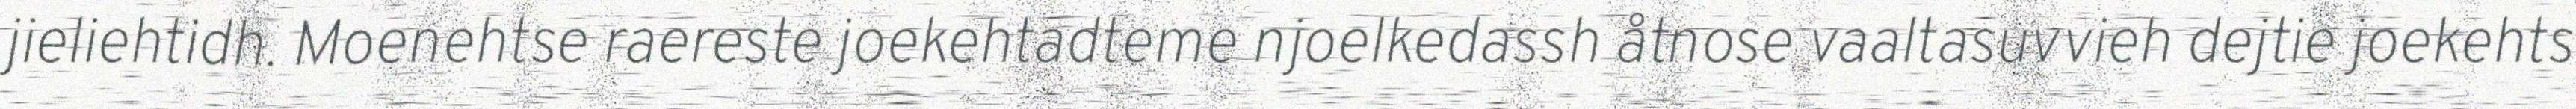
jieliehtidh. Moenehtse raereste joekehtadteme njoelkedassh åtnose vaaltasuvvieh dejtie joekehts